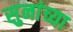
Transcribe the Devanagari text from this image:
सुनांच्या